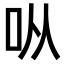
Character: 𫩛